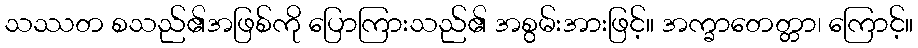
သဿတ စသည်၏အဖြစ်ကို ပြောကြားသည်၏ အစွမ်းအားဖြင့်။ အက္ခာတေတ္တာ၊ ကြောင့်။